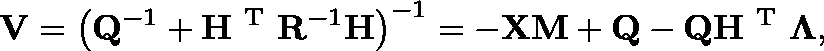
\mathbf { V } = \left( \mathbf { Q } ^ { - 1 } + \mathbf { H } ^ { \mathrm { ~ T ~ } } \mathbf { R } ^ { - 1 } \mathbf { H } \right) ^ { - 1 } = - \mathbf { X M } + \mathbf { Q } - \mathbf { Q } \mathbf { H } ^ { \mathrm { ~ T ~ } } \mathbf { \Lambda } ,